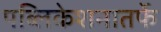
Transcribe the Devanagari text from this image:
पब्लिकेशनातर्फे